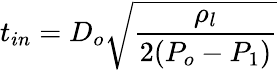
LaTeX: t_{in}=D_{o}\sqrt{\frac{\rho_{l}}{2(P_{o}-P_{1})}}